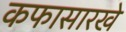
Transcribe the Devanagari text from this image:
कफासारखे